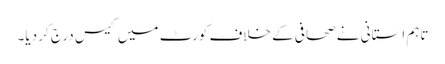
تاہم استانی نے صحافی کے خلاف کورٹ میں کیس درج کر دیا۔